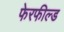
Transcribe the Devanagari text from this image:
फेरफील्ड